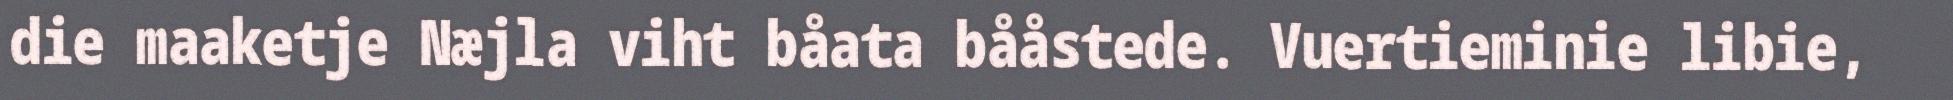
die maaketje Næjla viht båata bååstede. Vuertieminie libie,